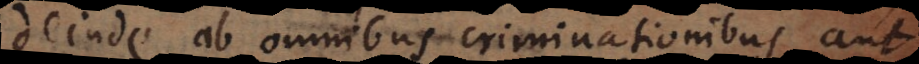
deinde ab omnibus criminationibus aut